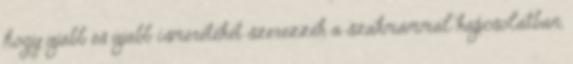
hogy újabb és újabb ismereteket szerezzek a szakmámmal kapcsolatban,